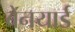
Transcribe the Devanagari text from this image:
बेनयार्ड